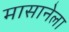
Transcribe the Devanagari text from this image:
मासानेला